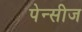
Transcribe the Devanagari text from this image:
पेन्सीज